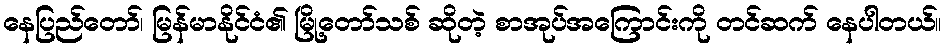
နေပြည်တော်၊ မြန်မာနိုင်ငံ၏ မြို့တော်သစ် ဆိုတဲ့ စာအုပ်အကြောင်းကို တင်ဆက် နေပါတယ်။